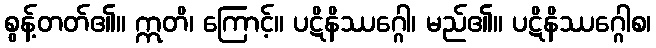
စွန့်တတ်၏။ ဣတိ၊ ကြောင့်။ ပဋိနိဿဂ္ဂေါ၊ မည်၏။ ပဋိနိဿဂ္ဂေါစ၊